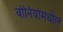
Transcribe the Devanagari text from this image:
बोर्नियोमधील